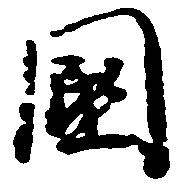
国